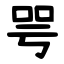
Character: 咢